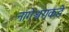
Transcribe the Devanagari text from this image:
नागेश्वराकडे